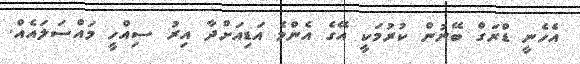
އެހެނީ ޑްރަގް ބޭނުން ކުރުމަކީ އޭގެ އެންމެ އަޑިއަށްދާ އިރު ސިއްހީ މައްސަލައެއް.